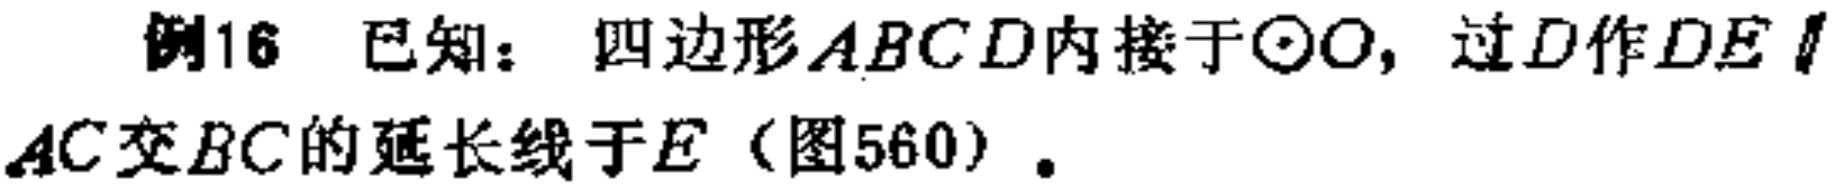
例16 已知：四边形\(ABCD\)内接于\(\odot O\)，过\(D\)作\(DE\parallel AC\)交\(BC\)的延长线于\(E\)（图560）.